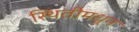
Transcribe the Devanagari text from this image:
स्थितीमधून